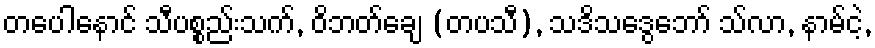
တပေါနောင် သီပစ္စည်းသက်, ဝိဘတ်ချေ (တပသီ), သဒိသဒွေဘော် သ်လာ, နာမ်ငဲ့,